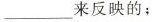
___来反映的；